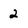
Character: 2